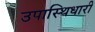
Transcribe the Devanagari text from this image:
उपास्थिधारी